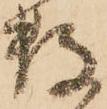
数